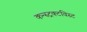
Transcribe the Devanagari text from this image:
कन्स्ट्रक्टविस्ट